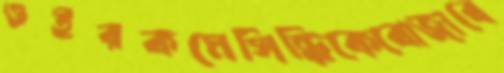
ওইরকমেসিন্ধিকেবোজাবে